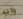
وانه